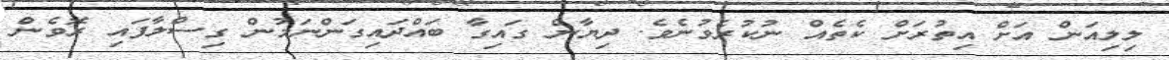
ލިލިއަން އަށް އިތުރަށް ކެތެއް ނުކުރެވުނެވެ. ދިޔާން ގައިގާ ބައްދައިގަންނަމުން ގިސްލާފައި ރޮވެން